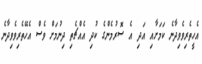
އެހީތެރިވެވިދާނެ ކަމަށާއި އަދި އެ ސޮރުމެންގެ ކުދި އެއްޗެތި ދިނުމަށް ވެސް އެހޭތެރިވެވިދާނެ